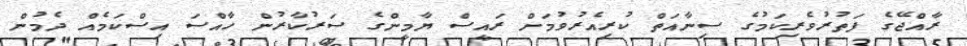
ރާއްޖޭގެ ފަތުރުވެރިކަމުގެ ސިނާއަތް ކުރިއެރުވުމަށް ރައީސް ޔާމީންގެ ސަރުކާރުން ހާއްސަ އިސްކަމެއް ދެމުން